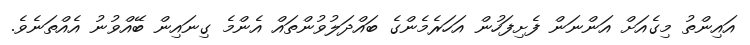
އައިންތު މިގެއަށް އަންނަން ފެށިފަހުން އަހަރެމެންގެ ބައްދަލުވުންތައް އެންމެ ގިނައިން ބޭއްވުނު އެއްތަނެވެ.